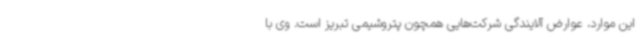
این موارد، عوارض آلایندگی شرکت‌هایی همچون پتروشیمی تبریز است. وی با